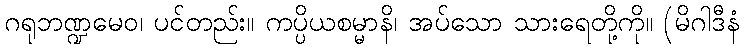
ဂရုဘဏ္ဍမေဝ၊ ပင်တည်း။ ကပ္ပိယစမ္မာနိ၊ အပ်သော သားရေတို့ကို။ (မိဂါဒီနံ